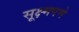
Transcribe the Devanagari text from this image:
सूक्ष्मपणे